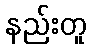
နည်းတူ